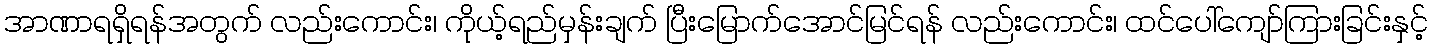
အာဏာရရှိရန်အတွက် လည်းကောင်း၊ ကိုယ့်ရည်မှန်းချက် ပြီးမြောက်အောင်မြင်ရန် လည်းကောင်း၊ ထင်ပေါ်ကျော်ကြားခြင်းနှင့်